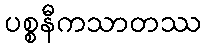
ပစ္စနီကသာတဿ